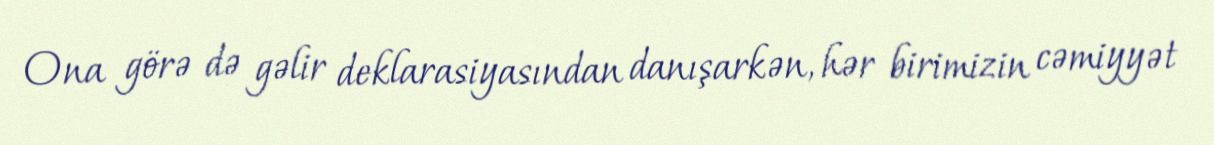
Ona görə də gəlir deklarasiyasından danışarkən, hər birimizin cəmiyyət